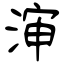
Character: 渖